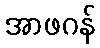
အာဖဂန်